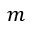
\boldsymbol { m }